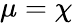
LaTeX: \mu=\chi